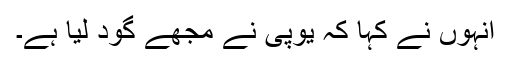
انہوں نے کہا کہ یوپی نے مجھے گود لیا ہے۔